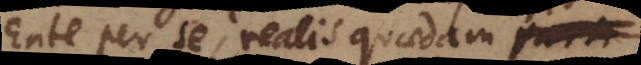
Ente per se, realis quaedam parti